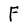
Character: F